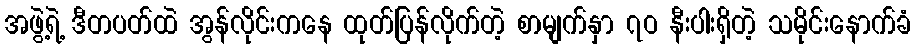
အဖွဲ့ရဲ့ ဒီတပတ်ထဲ အွန်လိုင်းကနေ ထုတ်ပြန်လိုက်တဲ့ စာမျက်နှာ ၇ဝ နီးပါးရှိတဲ့ သမိုင်းနောက်ခံ